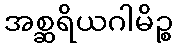
အစ္ဆရိယဂါမိဉ္စ